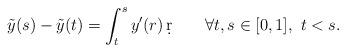
LaTeX: \begin{align*}\tilde y(s)-\tilde y(t)=\int_t^sy'(r)\,\d r\qquad\forall t,s\in[0,1],\ t<s.\end{align*}